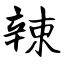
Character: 辣